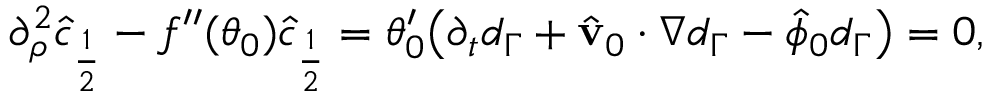
\begin{array} { r } { \partial _ { \rho } ^ { 2 } \hat { c } _ { \frac { 1 } { 2 } } - f ^ { \prime \prime } ( \theta _ { 0 } ) \hat { c } _ { \frac { 1 } { 2 } } = \theta _ { 0 } ^ { \prime } \big ( \partial _ { t } d _ { \Gamma } + \hat { \mathbf { v } } _ { 0 } \cdot \nabla d _ { \Gamma } - \hat { \phi } _ { 0 } d _ { \Gamma } \big ) = 0 , } \end{array}